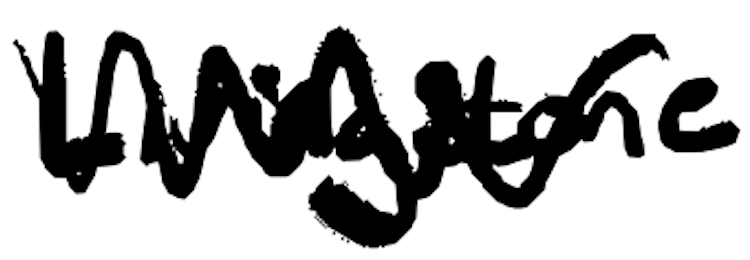
Text: Livingstone
Cross-out: zig-zag
Writing tool: digital_black